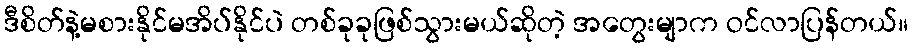
ဒီစိတ်နဲ့မစားနိုင်မအိပ်နိုင်ပဲ တစ်ခုခုဖြစ်သွားမယ်ဆိုတဲ့ အတွေးမျာက ဝင်လာပြန်တယ်။